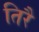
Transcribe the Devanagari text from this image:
तिरै